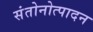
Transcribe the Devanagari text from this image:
संतोनोत्पादन